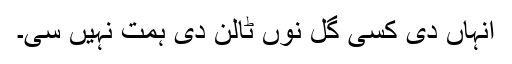
انہاں دی کسی گل نوں ٹالن دی ہمت نہیں سی۔